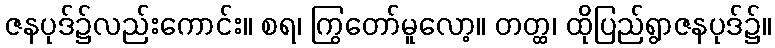
ဇနပုဒ်၌လည်းကောင်း။ စရ၊ ကြွတော်မူလော့။ တတ္ထ၊ ထိုပြည်ရွာဇနပုဒ်၌။